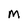
Character: M